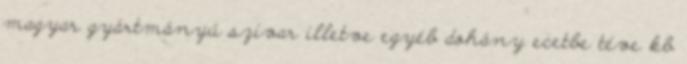
magyar gyártmányú szivar illetve egyéb dohány ecetbe téve kb